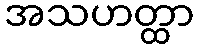
အသဟတ္ထာ